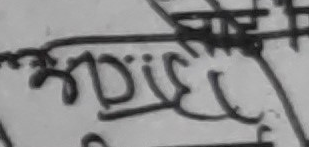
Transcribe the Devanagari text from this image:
श्रीदिक्ष